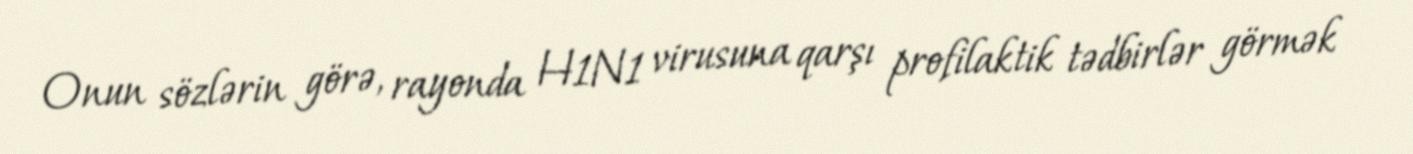
Onun sözlərin görə, rayonda H1N1 virusuna qarşı profilaktik tədbirlər görmək